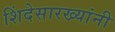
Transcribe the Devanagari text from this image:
शिंदेसारख्यांनी